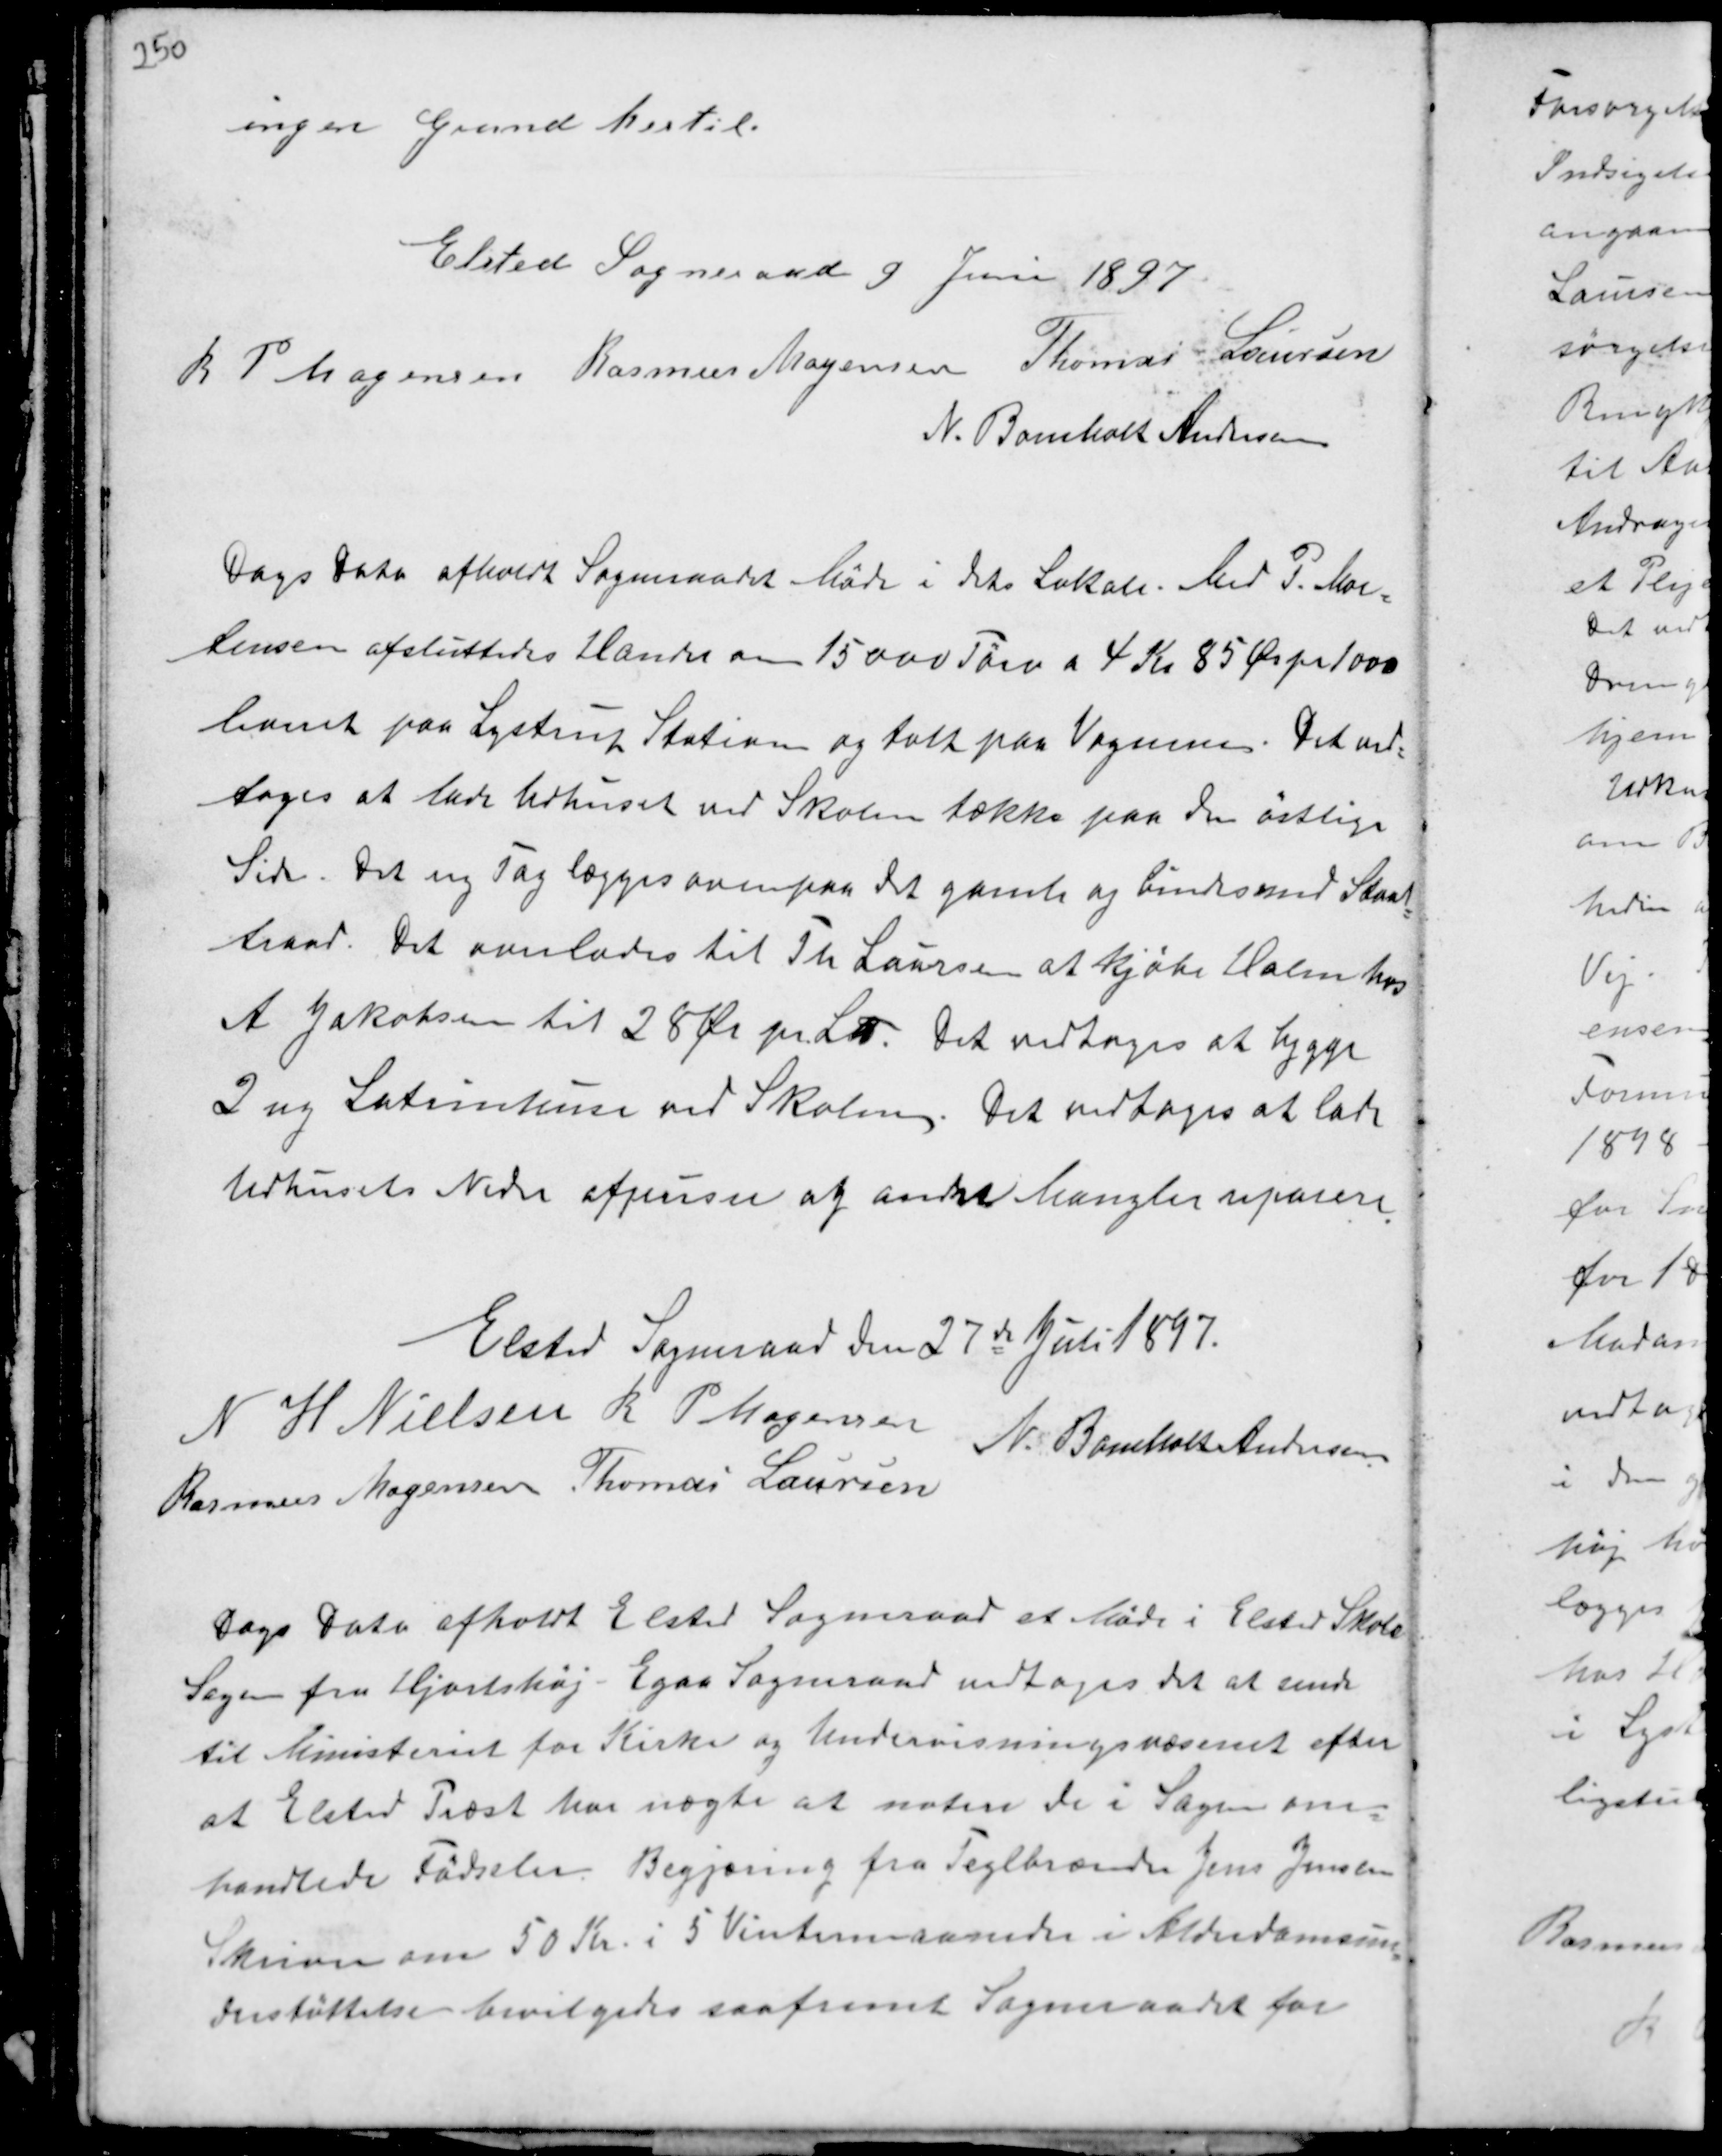
Transskription:
ingen Grund hertil.

Elsted Sogneraad 9. Juni 1897
R P Mogensen Rasmus Mogensen Thomas Laursen
N. Bomholt Andersen

Dags Dato afholdt Sogneraadet Møde i dets Lokale. Med P. Mor-
tensen afsluttedes Handel om 15.000 Tørv a 4 Kr 85 Ør pr 1000
bundt paa Lystrup Station og talte paa Vognene. Det ved-
toges at lade Udhuset ved Skolen tække paa den østlige
Side. Det ny Tag lægges oven paa det gamle og bindes med Staal-
traad. Det overlades til Th Laursen at kjøbe Halm hos
A Jakobsen til 28 Ør pr Lad Det vedtoges at bygge
2 ny Latrinhuse ved Skolen. Det vedtoges at lade
Udhusets Nedre afpuses og andre Mangler reparere.

Elsted Sogneraade den 27de Juli 1897.
N H Nielsen R P Mogensen
N. Bomholt Andersen
Rasmus Mogensen Thomas Laursen

Dags Dato afholdt Elsted Sogneraad et Møde i Elsted Skole
Sagen fra Hjortshøj - Egaa Sogneraad vedtoges det at sende
til Ministeriet for Kirke og Undervisningsvæsenet efter
at Elsted Præst har nægte at notere de i Sagen om-
handlede Fødseler. Begjæring fra Teglbrænder Jens Jensen
Skriver om 50 Kr. i 5 Vintermaaneder i Alderdomsun-
derstøttelse bevilgedes saafremt Sogneraadet for